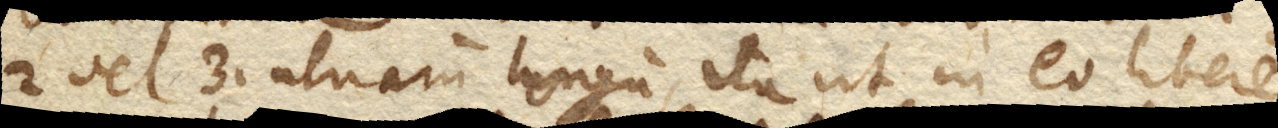
2 vel 3. ulnarum longum, ita ut in eo libere